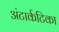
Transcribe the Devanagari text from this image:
अंटार्कटिका